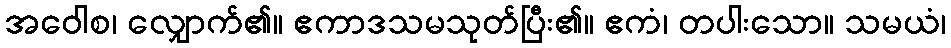
အဝေါစ၊ လျှောက်၏။ ဧကာဒသမသုတ်ပြီး၏။ ဧကံ၊ တပါးသော။ သမယံ၊